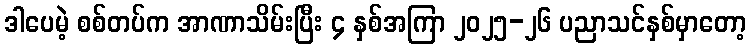
ဒါပေမဲ့ စစ်တပ်က အာဏာသိမ်းပြီး ၄ နှစ်အကြာ ၂၀၂၅-၂၆ ပညာသင်နှစ်မှာတော့